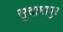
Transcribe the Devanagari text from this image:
सुदामापुर